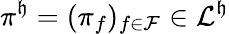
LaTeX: {\pi}^{\mathfrak{h}}=(\pi_{f})_{f\in\mathcal{{F}}}\in\mathcal{{L}}^{\mathfrak{h}}